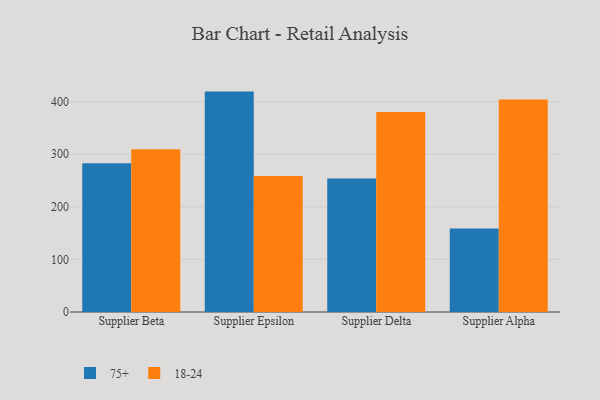
{"axis": {"x": "Supplier", "y": "Gross Profit (USD K)"}, "legend": ["18-24", "75+"], "data": [{"x": "Supplier Beta", "y": 282.9, "type": "75+"}, {"x": "Supplier Beta", "y": 309.6, "type": "18-24"}, {"x": "Supplier Epsilon", "y": 419.0, "type": "75+"}, {"x": "Supplier Epsilon", "y": 258.7, "type": "18-24"}, {"x": "Supplier Delta", "y": 254.0, "type": "75+"}, {"x": "Supplier Delta", "y": 380.1, "type": "18-24"}, {"x": "Supplier Alpha", "y": 158.7, "type": "75+"}, {"x": "Supplier Alpha", "y": 404.0, "type": "18-24"}]}